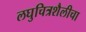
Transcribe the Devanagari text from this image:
लघुचित्रशैलीचा